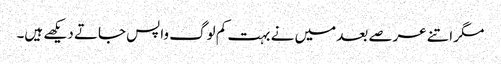
مگر اتنے عرصے بعد میں نے بہت کم لوگ واپس جاتے دیکھے ہیں۔